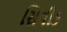
સિવીક